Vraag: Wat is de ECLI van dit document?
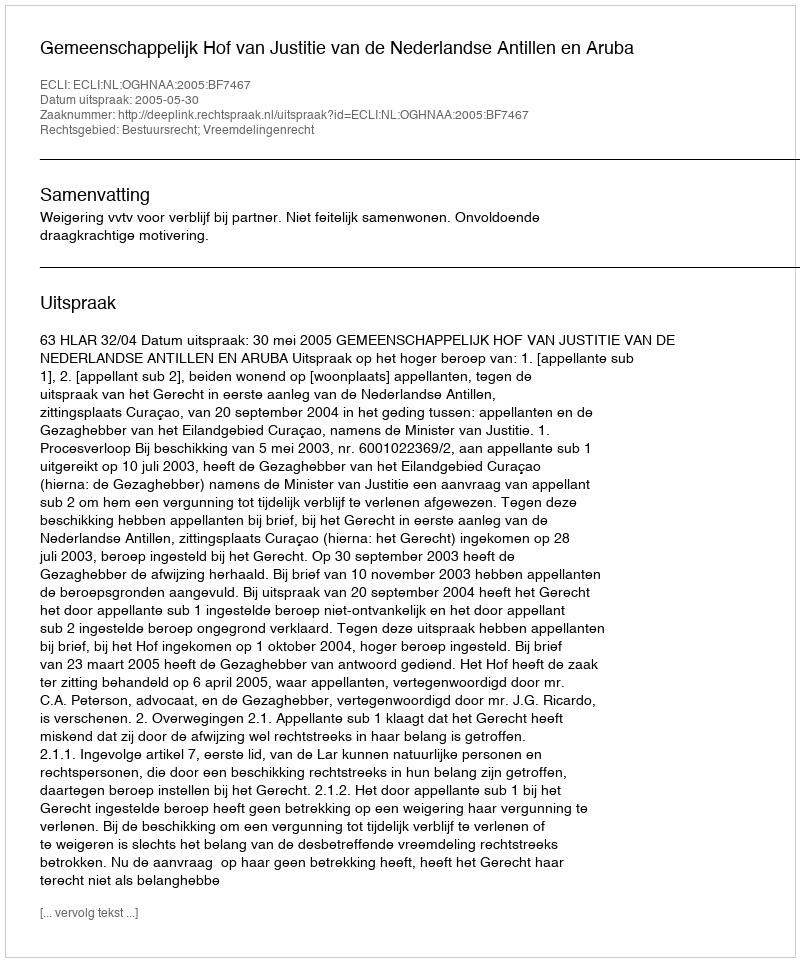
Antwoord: ECLI:NL:OGHNAA:2005:BF7467